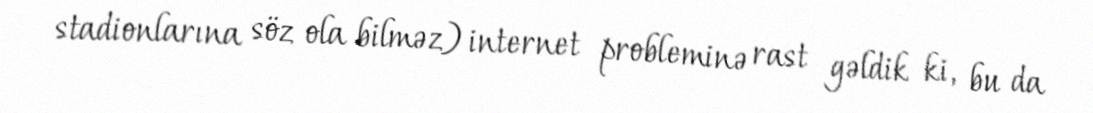
stadionlarına söz ola bilməz) internet probleminə rast gəldik ki, bu da